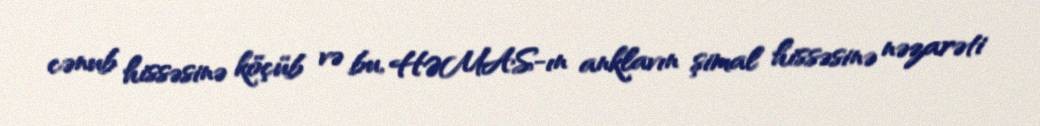
cənub hissəsinə köçüb və bu, HƏMAS-ın anklavın şimal hissəsinə nəzarəti